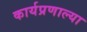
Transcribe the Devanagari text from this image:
कार्यप्रणाल्या